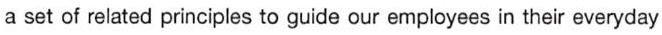
a set of related principles to guide our employees in their everyday